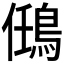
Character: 𪀼